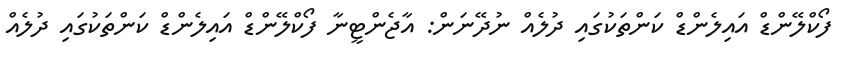
ފޯކްލޭންޑް އައިލެންޑް ކަންތަކުގައި ދުލެއް ނުދޭނަން: އާޖެންޓީނާ ފޯކްލޭންޑް އައިލެންޑް ކަންތަކުގައި ދުލެއް